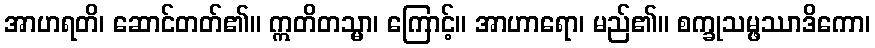
အာဟရတိ၊ ဆောင်တတ်၏။ ဣတိတသ္မာ၊ ကြောင့်။ အာဟာရော၊ မည်၏။ စက္ခုသမ္ဖဿာဒိကော၊